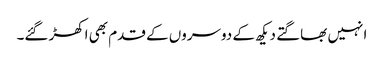
ا نہیں بھاگتے دیکھ کے دوسروں کے قدم بھی اکھڑ گئے۔